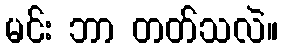
မင်း ဘာ တတ်သလဲ။